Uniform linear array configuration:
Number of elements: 32
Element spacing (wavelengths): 0.25
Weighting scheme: exponential
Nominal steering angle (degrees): -30
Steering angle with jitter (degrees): -31.296
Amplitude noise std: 0.05
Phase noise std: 0.05

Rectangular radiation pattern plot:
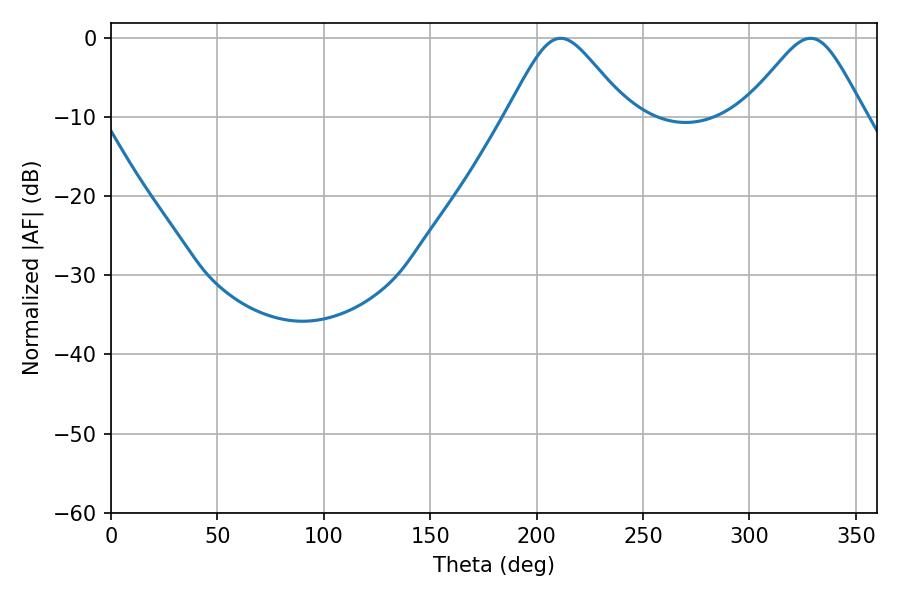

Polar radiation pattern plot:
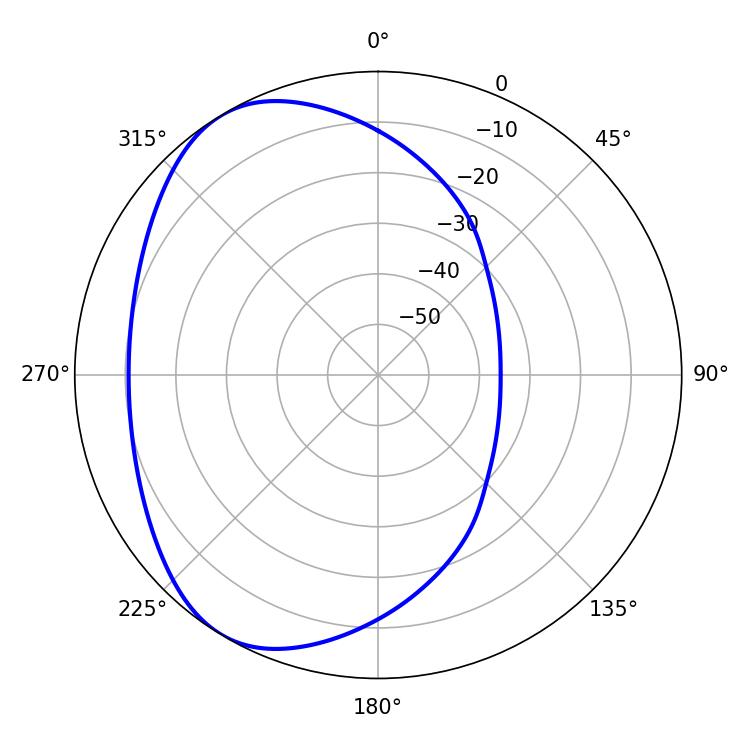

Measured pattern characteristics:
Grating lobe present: FALSE
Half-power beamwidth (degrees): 27.54
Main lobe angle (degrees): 211.32